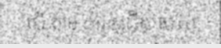
បើ តាម ការឲ្យដឹង របស់